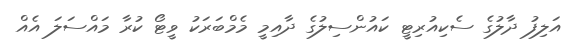
އަލިފު ދާލުގެ ސެކިއުރިޓީ ކައުންސިލުގެ ދާއިމީ މެމްބަރަކު ވީޓޯ ކުރާ މައްސަލަ އެއް